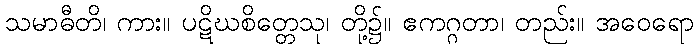
သမာဓီတိ၊ ကား။ ပဋိဃစိတ္တေသု၊ တို့၌။ ဧကဂ္ဂတာ၊ တည်း။ အဝေရော